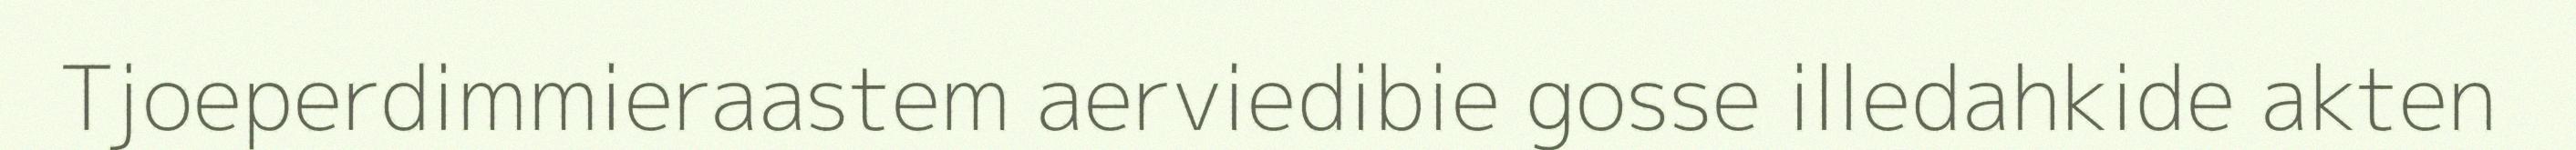
Tjoeperdimmieraastem aerviedibie gosse illedahkide akten